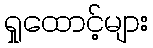
ရှုထောင့်များ